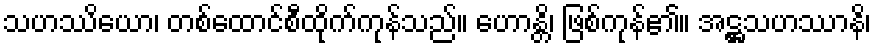
သဟဿိယော၊ တစ်ထောင်စီထိုက်ကုန်သည်။ ဟောန္တိ၊ ဖြစ်ကုန်၏။ အဋ္ဌသဟဿာနိ၊